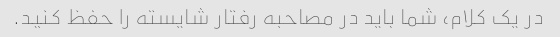
در یک کلام، شما باید در مصاحبه رفتار شایسته را حفظ کنید.